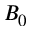
B _ { 0 }